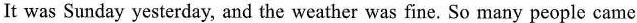
It was Sunday yesterday, and the weather was fine. So many people came out to enjoy the sunshine. Tom and Jack played tennis in the park. Lucy was in a bookshop, but she didn't buy a book. She went there to read books. Sara wasn't at home. Where was she? She was at school. She met a friend there. And where was Paul? He was in hospital. He was ill. I hope that he can get well soon. ( )1.It was___yesterday. A. Saturday B. Wednesday C. Sunday D.Monday ( )2.Tom and Jack were___yesterday. A. at home B.At school C. In a bookshop D. In the park ( )3.Who was in hospital? A. Lucy. B. Paul. C. Sara. D. Jack. ( )4.Sara was____yesterday. A. at home B.At school C. In the bookshop D. In the park ( )5.____wasin a bookshop yesterday. A. Lucy B.Paul C. Sara D. Jack